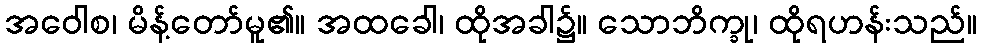
အဝေါစ၊ မိန့်တော်မူ၏။ အထခေါ၊ ထိုအခါ၌။ သောဘိက္ခု၊ ထိုရဟန်းသည်။